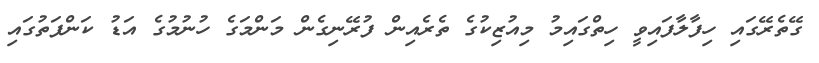
ގޭތެރޭގައި ހިފާލާފައިވީ ހިތްގައިމު މިއުޒިކުގެ ތެރެއިން ފުރޭނިގެން މަންމަގެ ހުނުމުގެ އަޑު ކަންފަތުގައި